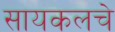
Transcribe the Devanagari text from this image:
सायकलचे